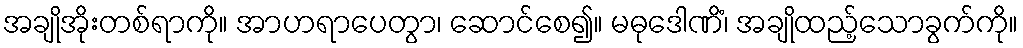
အချိုအိုးတစ်ရာကို။ အာဟရာပေတွာ၊ ဆောင်စေ၍။ မဓုဒေါဏိံ၊ အချိုထည့်သောခွက်ကို။